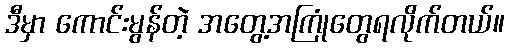
ဒီမှာ ကောင်းမွန်တဲ့ အတွေ့အကြုံတွေရလိုက်တယ်။